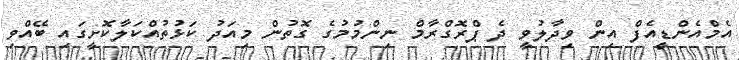
އެމްއެންޑީއެފް އިން ވިދާލުވީ ދެ ޕްރޮގްރާމް ނިންމުމުގެ ގޮތުން މިއަދު ކަޅުތުއްކަލާކޮށީގައި ބޭއްވި